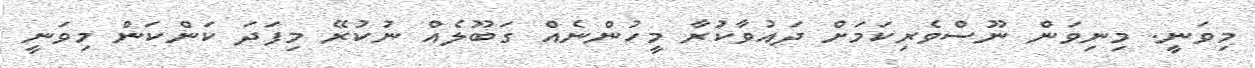
މިވަނީ. މިނިވަން ނޫސްވެރިކަމަށް ދައުވާކުރާ މީހުންނެއް ގަބޫލެއް ނުކުރޭ މިފަދަ ކަންކަން މިވަނީ